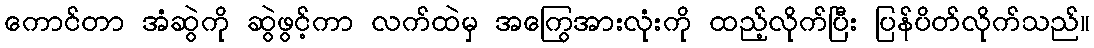
ကောင်တာ အံဆွဲကို ဆွဲဖွင့်ကာ လက်ထဲမှ အကြွေအားလုံးကို ထည့်လိုက်ပြီး ပြန်ပိတ်လိုက်သည်။